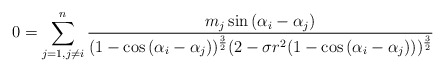
\begin{align*} 0=\sum\limits_{j=1, j\neq i}^{n}\frac{m_{j}\sin{(\alpha_{i}-\alpha_{j})}}{(1-\cos{(\alpha_{i}-\alpha_{j})})^{\frac{3}2}(2-\sigma r^{2}(1-\cos{(\alpha_{i}-\alpha_{j})}))^{\frac{3}{2}}} \end{align*}